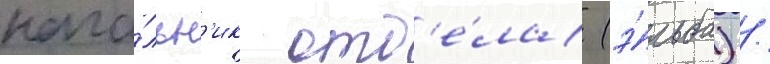
нача́льн'ик отд'е́ла (э́льба) /